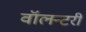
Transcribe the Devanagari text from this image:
वॉलन्टरी